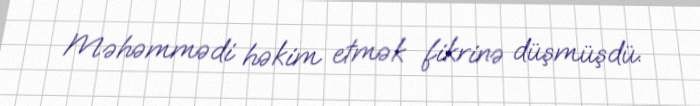
Məhəmmədi həkim etmək fikrinə düşmüşdü.